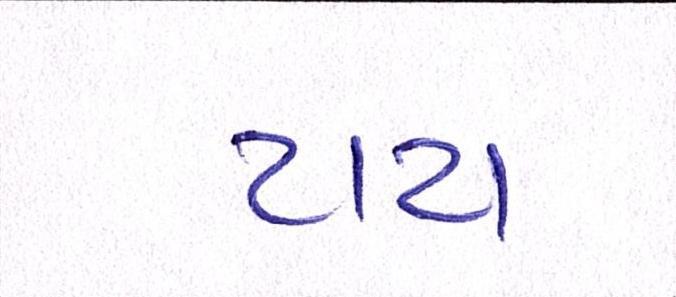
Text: ટાટા